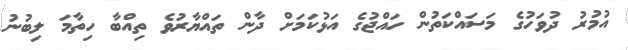
އުމުރު ދުވަހުގެ މަސައްކަތުން ހައްޖުގެ އަޅުކަމަށް ދާން ތައްޔާރުވެ ތިއްބާ ހިތާމަ ލިބުނު